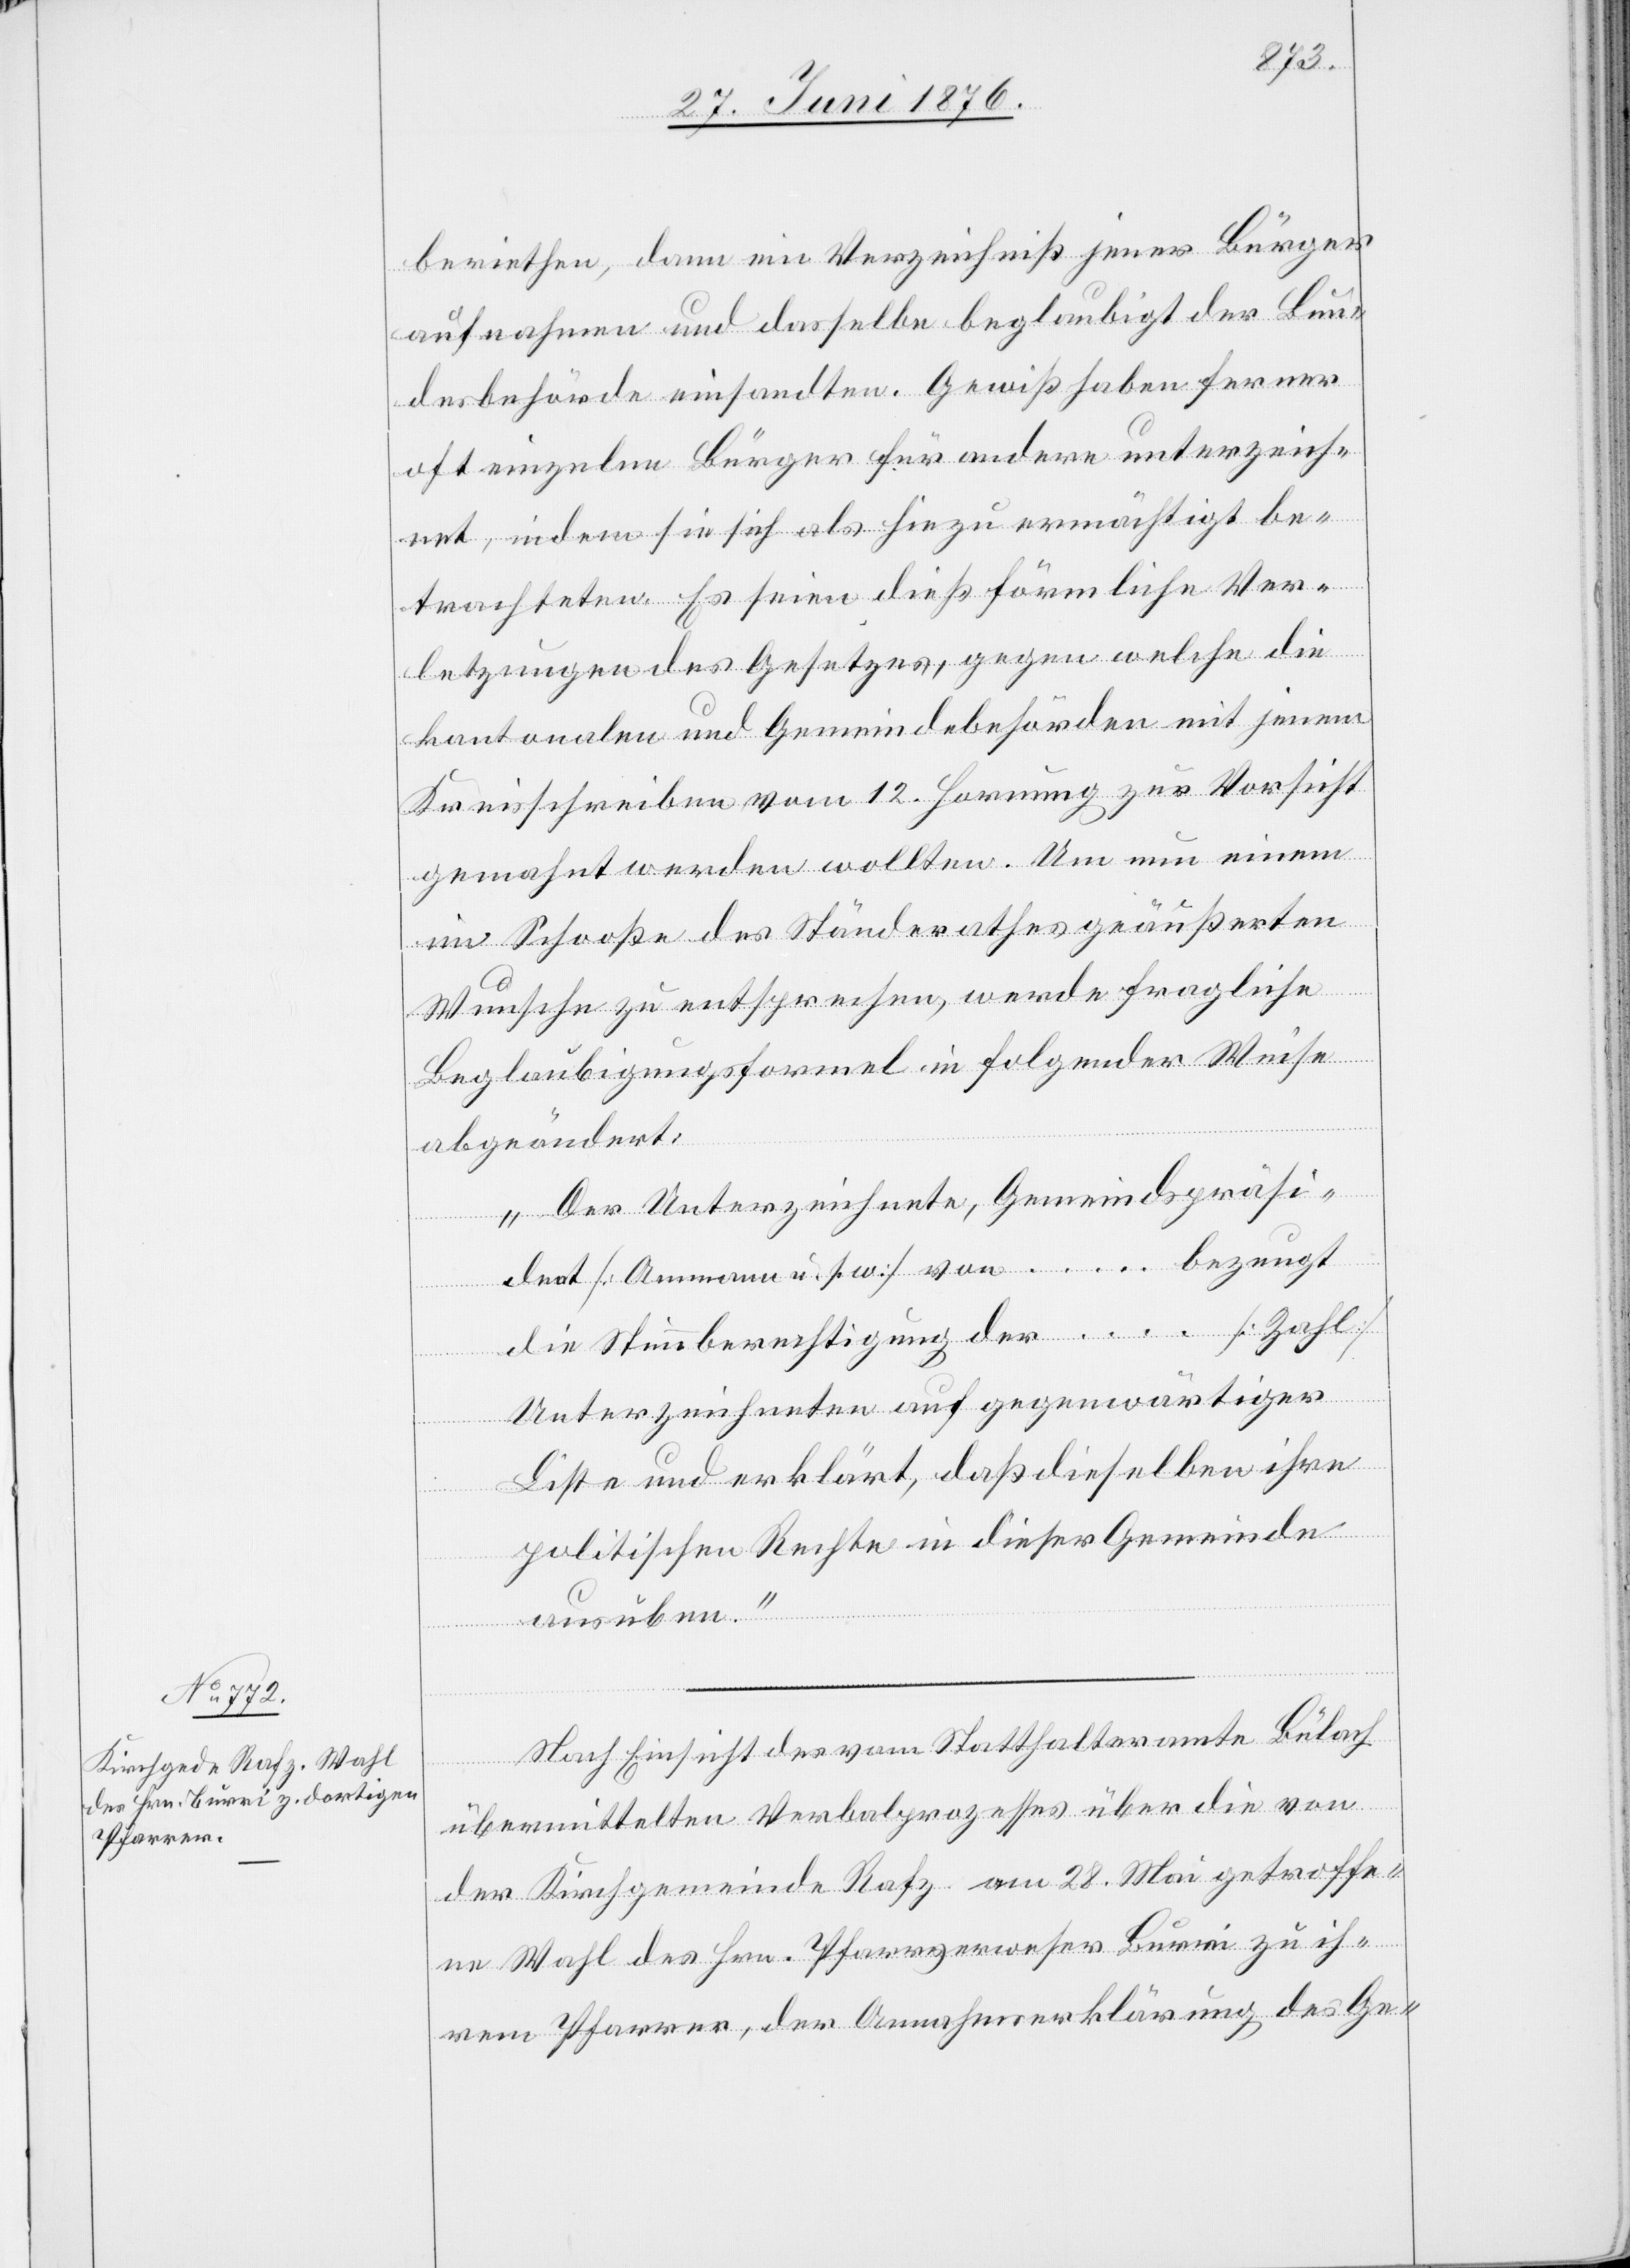
beriethen, dann ein Verzeichniß jener Bürger
aufnahmen und dasselbe beglaubigt der Bun¬
desbehörde einsandten. Gewiß haben ferner
oft einzelne Bürger für andere unterzeich¬
net, indem sie sich als hiezu ermächtigt be¬
trachteten. Es seien dies förmliche Ver¬
letzungen des Gesetzes, gegen welche die
kantonalen und Gemeindebehörden mit jenem
Kreisschreiben vom 12. Hornung zur Vorsicht
gemahnt werden sollten. Um nun einem
im Schooße des Ständerathes geäußerten
Wunsche zu entsprechen, werde fragliche
Beglaubigungsformel in folgender Weise
abgeändert:
„Der Unterzeichnete, Gemeindspräsi¬
dent [Ammann u. s. w.] von … bezeugt
die Stimmberechtigung der … [Zahl]
Unterzeichneten auf gegenwärtiger
Liste und erklärt, daß dieselben ihre
politischen Rechte in dieser Gemeinde
ausüben.“
Nach Einsicht des vom Statthalteramte Bülach
übermittelten Verbalprozesses über die von
der Kirchgemeinde Rafz am 28. Mai getroffe¬
ne Wahl des Hrn. Pfarrverwesers Burri zu ih¬
rem Pfarrer, der Annahmeerklärung des Ge-